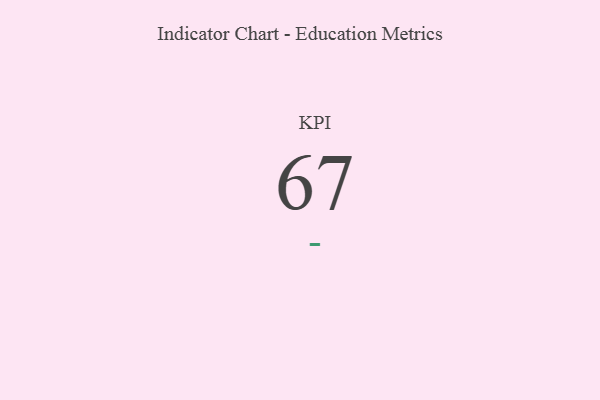
{"axis": {"x": "KPI", "y": "Value"}, "legend": [""], "data": [{"x": "KPI", "y": 67, "type": ""}]}